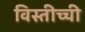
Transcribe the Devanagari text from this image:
विस्तीच्ची